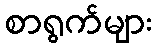
စာရွက်များ